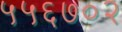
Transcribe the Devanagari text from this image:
५५६७०२